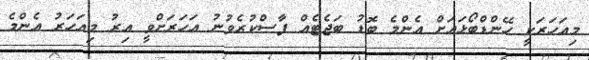
މިއަހަރަކީ ހޭންޑްބޯޅައަށް އެންމެ ބޮޑު ބަޖެޓެއް ފާސްކުރެވުނު އަހަރަށްވީ އިރު މިއަހަރު އެންމެ